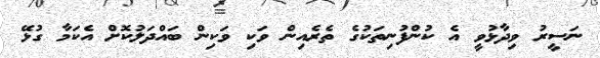
ނަސީރު ވިދާޅުވީ އެ ކުންފުނިތަކުގެ ތެރެއިން ވަކި ވަކިން ބައްދަލުކޮށް އެކަމާ ގުޅޭ